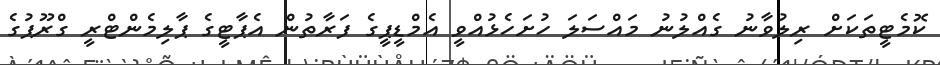
ކޮމެޓީތަކަށް ރިލުވާނު ގެއްލުނު މައްސަލަ ހުށަހެޅުއްވީ އެމްޑީޕީގެ ފަރާތުން އެޕާޓީގެ ޕާލިމެންޓްރީ ގްރޫޕުގެ